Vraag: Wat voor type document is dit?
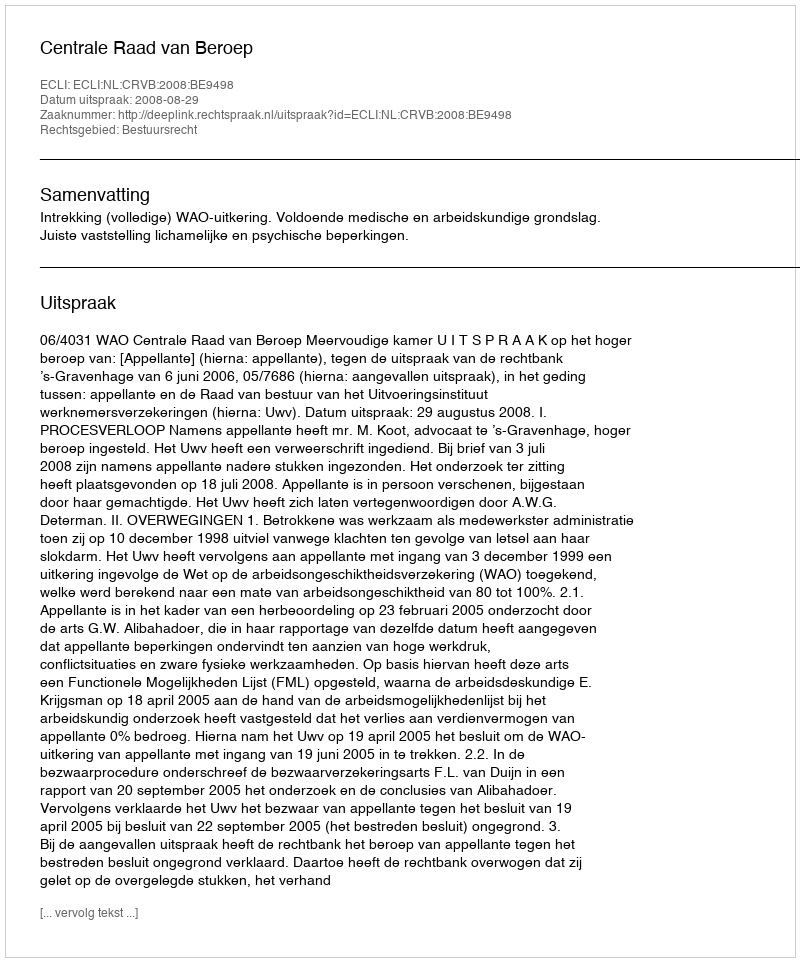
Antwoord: Uitspraak